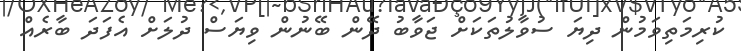
ކުރިމަތިވަމުން ދިޔަ ސުވާލުތަކަށް ޖަވާބު ދޭން ބޭނުން ވިޔަސް ދުލަށް އެފަދަ ބާރެއް